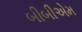
બીબીએમ